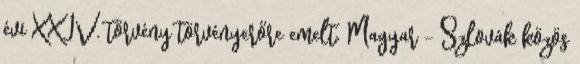
évi XXIV. törvény törvényerőre emelt. Magyar – Szlovák közös